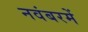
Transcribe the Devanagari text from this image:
नवंबरमें